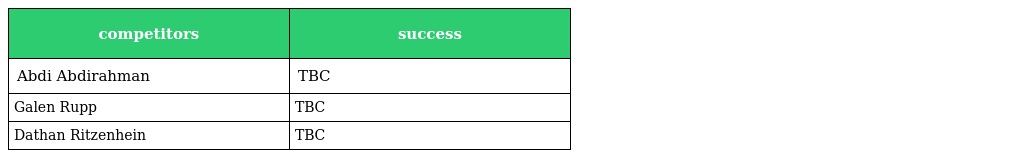
| competitors | success |
 | --- | --- |
 | Abdi Abdirahman | TBC |
 | Galen Rupp | TBC |
 | Dathan Ritzenhein | TBC |